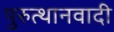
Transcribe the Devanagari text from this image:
पुरुत्थानवादी